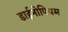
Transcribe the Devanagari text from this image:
डाईनोपियम